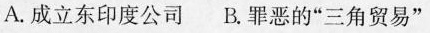
A.成立东印度公司 B.罪恶的”三角贸易”